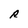
Character: R